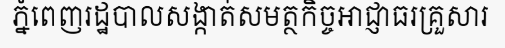
ភ្នំពេញរដ្ឋបាលសង្កាត់សមត្ថកិច្ចអាជ្ញាធរគ្រួសារ